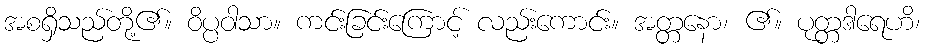
အစရှိသည်တို့၏။ ဝိပ္ပဝါသာ။ ကင်းခြင်းကြောင့် လည်းကောင်း။ အတ္တနော၊ ၏။ ပုတ္တဒါရေဟိ၊